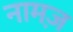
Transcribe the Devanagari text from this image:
नामज़